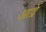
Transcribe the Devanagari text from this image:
आद्रें